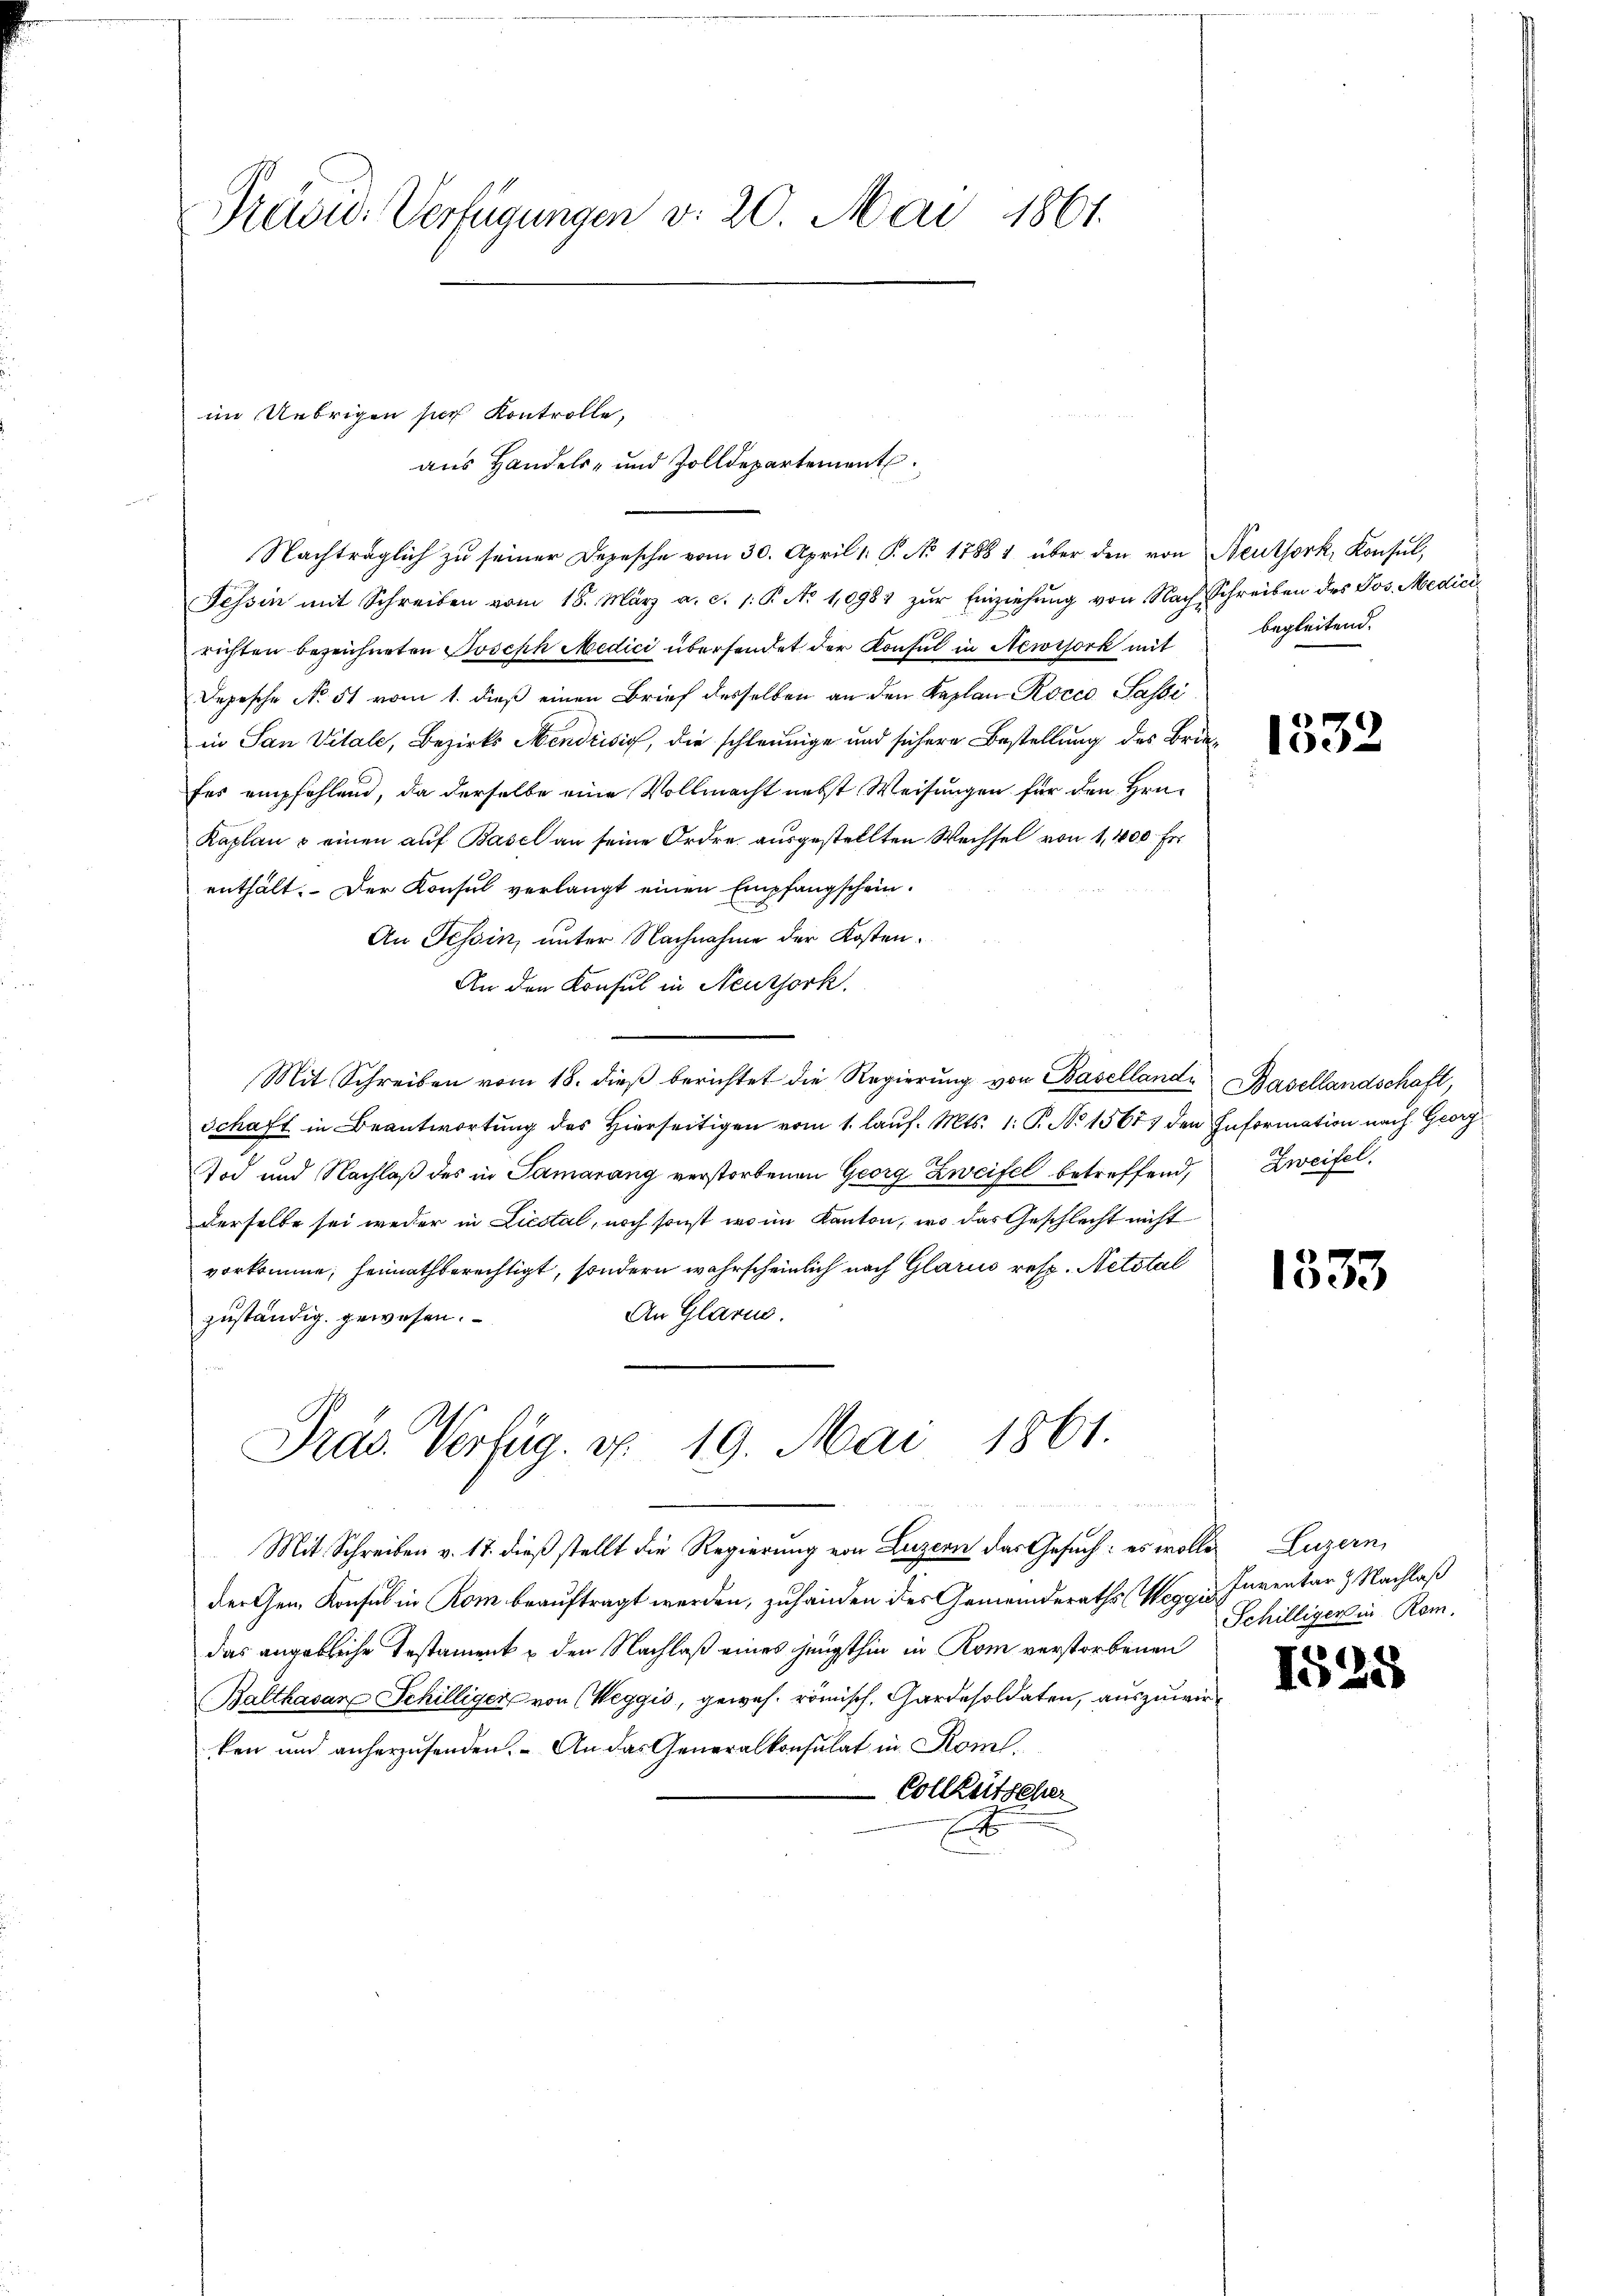
Prädie Verfügungen v. 20. Mai 1861.

Nachträglich zŭ seiner Depesche vom 30. April 1. P. No. 1788 1 über den von Neuthork, Konsul,
Tessin mit Schreiben vom 18. März a. c. s. B. No 1098 zŭr Einziehŭng von Nach Schreiben des Jos. Medici
richten bezeichneten Joseph Medici übersendet der Konsul in Newisork mit
Depesche No 51 vom 1. dieß einen Brief desselben an den Kaplan Roccc Sassi
in San Vitale, Bezirks Mendrisis, die schleunige und sichere Bestellung des Briefes empfehlend, da derselbe eine Vollmacht nebst Weisungen für den Hrn.
Kaplan & einen auf Basel an seine Ordre ausgestellten Wechsel von 1,1000. Fr
enthält. Der Konsul verlangt einen Empfangschein.
An Tessin, unter Nachnahme der Kosten.
An den Konsul in Neuzjork.
Mit Schreiben vom 18. dieβ berichtet die Regierung von Baselland Basellandschaft,
Schaft in Beantwortung des Hierseitigen vom 1. lauf. Mts. 1. P. No 1567 den Information nach Georg
Tod und Nachlaß des in Samarang verstorbenen Georg Zweifel betreffend,
derselbe sei weder in Liestal, noch sonst wo im Kanton, wo das Geschlecht nicht
vorkomme, heimathberechtigt, sondern wahrscheinlich nach Glarus resp. Netstal
An Glarus.
zuständig gewesen.

im Uebrigen sich Kontrolle,

aus Handels- und Zolldepartement

Präs. Verfüg. v. 19. Mai 1861.

Mit Schreiben v. 17. dieß stellt die Regierung von Luzern das Gesuch: es wolle Luzern,
der Gem. Konsul in Rom beauftragt werden, zu handen des Gemeinderaths Weggis Inventar & Nachlaß
das angebliche Testament & den Nachlaß eines jüngsthin in Rom verstorbenen
(Balthasar Schilliger von Weggis, gewes römisch, Gardesoldaten, auszuwir
ken und anherzusenden. An das Generalkonsulat in Rom.
Collheitscher

begleitend.

1532

Zweifel.

1333

Schilliger in Rom.

1525

8